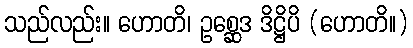
သည်လည်း။ ဟောတိ၊ ဥစ္ဆေဒ ဒိဋ္ဌိပိ (ဟောတိ။)